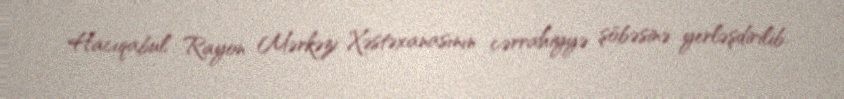
Hacıqabul Rayon Mərkəzi Xəstəxanasının cərrahiyyə şöbəsinə yerləşdirilib.